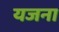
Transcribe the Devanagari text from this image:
यजना